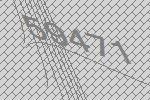
59471